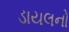
ડાયલનો